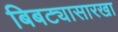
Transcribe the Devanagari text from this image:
बिबट्यासारखा